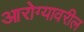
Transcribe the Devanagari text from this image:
आरोग्यावरील